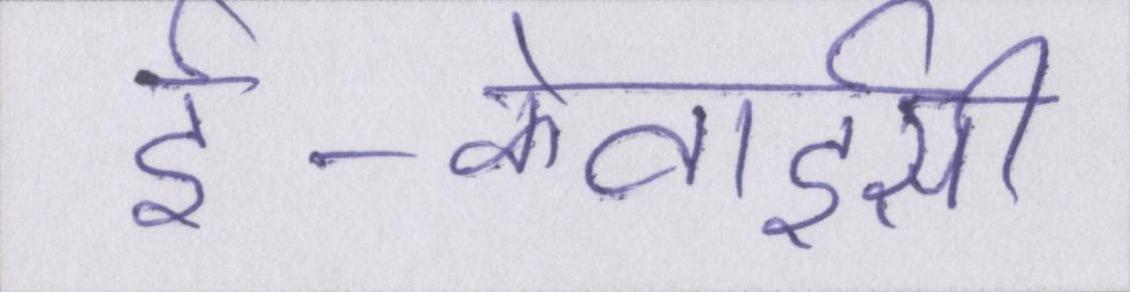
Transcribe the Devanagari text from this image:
ई-केवाईसी